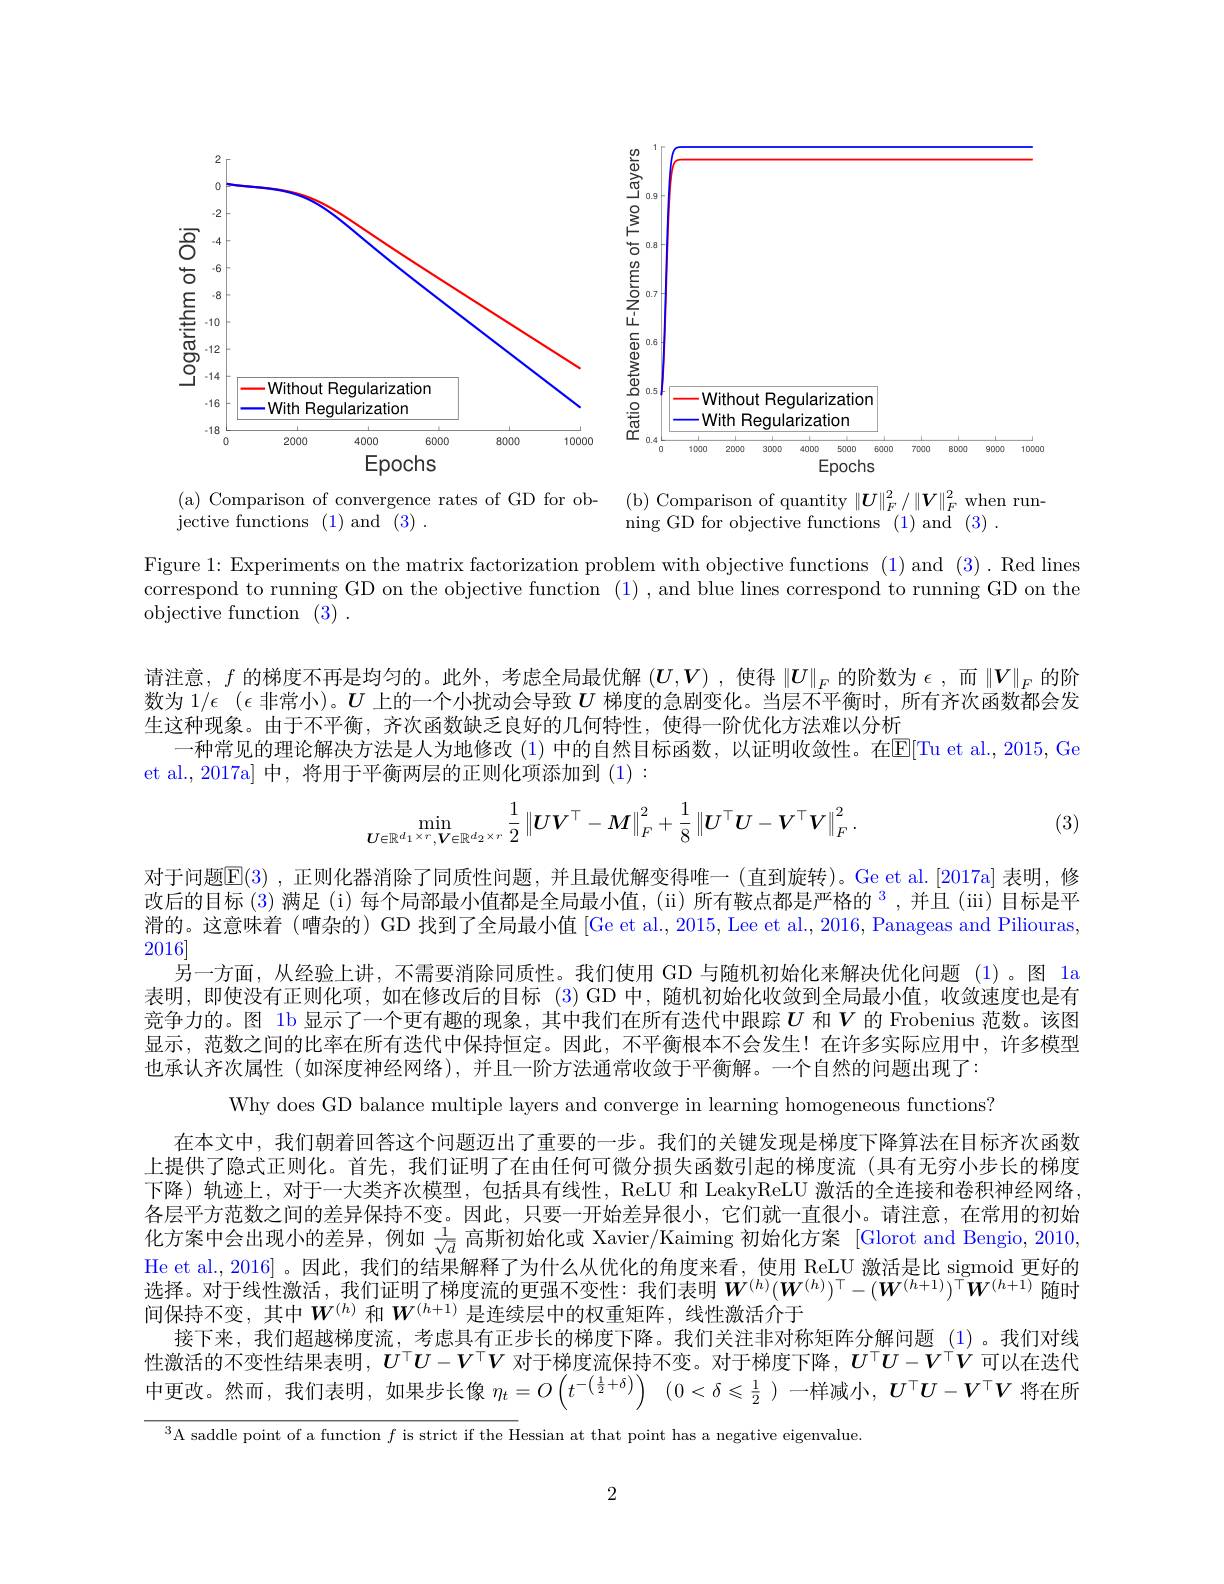
<FigureHere>
(a) Comparison of convergence rates of GD for ob-
(b) Comparison of quantity $\|\boldsymbol U\|_F^2/\|\boldsymbol{V}\|_F^2$ when run-

ning GD for objective functions (1) and (3) .

jective functions (1)and (3).

Figure 1: Experiments on the matrix factorization problem with objective functions (1) and (3). Red lines correspond to running GD on the objective function (1) , and blue lines correspond to running GD on the objective function (3) .

请注意，$f$的梯度不再是均匀的。此外，考虑全局最优解$(\boldsymbol U,\boldsymbol{V})$ ,使得$\|\boldsymbol{U}\|_F$的阶数为$\epsilon$,而$\|\boldsymbol{V}\|_F$的阶数为$1/\epsilon$ ($\epsilon$非常小)。$U$上的一个小扰动会导致$U$梯度的急剧变化。当层不平衡时，所有齐次函数都会发生这种现象。由于不平衡，齐次函数缺乏良好的几何特性，使得一阶优化方法难以分析
一种常见的理论解决方法是人为地修改 (1) 中的自然目标函数，以证明收敛性。在$\mathbb{E}[$Tu et al., 2015, Ge
et al., 2017a] 中，将用于平衡两层的正则化项添加到 (1) :
$$\min_{\boldsymbol{U}\in\mathbb{R}^{d_1\times r},\boldsymbol{V}\in\mathbb{R}^{d_2\times r}}\frac{1}{2}\left\|\boldsymbol{U}\boldsymbol{V}^{\top}-\boldsymbol{M}\right\|_{F}^{2}+\frac{1}{8}\left\|\boldsymbol{U}^{\top}\boldsymbol{U}-\boldsymbol{V}^{\top}\boldsymbol{V}\right\|_{F}^{2}.$$
(3)

对于问题$\mathbb{E}(3)$ ,正则化器消除了同质性问题，并且最优解变得唯一 (直到旋转)。Ge et al.[2017a] 表明，修改后的目标 (3) 满足 (i) 每个局部最小值都是全局最小值，(ii) 所有鞍点都是严格的$^{3}$,并且 (iii) 目标是平滑的。这意味着 (嘈杂的) GD 找到了全局最小值 [Ge et al., 2015, Lee et al., 2016, Panageas and Piliouras, 2016]
另一方面，从经验上讲，不需要消除同质性。我们使用 GD 与随机初始化来解决优化问题 (1)。图 la 表明，即使没有正则化项，如在修改后的目标 (3)GD 中，随机初始化收敛到全局最小值，收敛速度也是有竞争力的。图 1b 显示了一个更有趣的现象，其中我们在所有迭代中跟踪$U$ 和$V$ 的 Frobenius 范数。该图显示，范数之间的比率在所有迭代中保持恒定。因此，不平衡根本不会发生！在许多实际应用中，许多模型也承认齐次属性 (如深度神经网络),并且一阶方法通常收敛于平衡解。一个自然的问题出现了：
Why does GD balance multiple layers and converge in learning homogeneous functions?
在本文中，我们朝着回答这个问题迈出了重要的一步。我们的关键发现是梯度下降算法在目标齐次函数上提供了隐式正则化。首先，我们证明了在由任何可微分损失函数引起的梯度流(具有无穷小步长的梯度下降)轨迹上，对于一大类齐次模型，包括具有线性，ReLU 和 LeakyReLU 激活的全连接和卷积神经网络， 各层平方范数之间的差异保持不变。因此，只要一开始差异很小，它们就一直很小。请注意，在常用的初始化方案中会出现小的差异，例如$\frac1{\sqrt{d}}$高斯初始化或 Xavier/Kaiming 初始化方案 [Glorot and Bengio, 2010, He et al., 2016] 。因此，我们的结果解释了为什么从优化的角度来看，使用 ReLU 激活是比 sigmoid 更好的选择。对于线性激活，我们证明了梯度流的更强不变性：我们表明$\boldsymbol{W}^(h)(\boldsymbol{W}^{(h)})^\top-(\boldsymbol{W}^{(h+1)})^\top\boldsymbol{W}^{(h+1)}$随时间保持不变，其中$W^{(h)}$和$W^{(h+1)}$是连续层中的权重矩阵，线性激活介于
接下来，我们超越梯度流，考虑具有正步长的梯度下降。我们关注非对称矩阵分解问题(1)。我们对线性激活的不变性结果表明，$U^\top U-V^\top V$对于梯度流保持不变。对于梯度下降，$U^\top U-V^\top V$可以在迭代中更改。然而，我们表明，如果步长像$\eta _t= O\left ( t^{- \left ( \frac 12+ \delta \right ) }\right )$ $( 0< \delta \leqslant \frac 12$ )一样减小，$U^\top U-V^\top V$将在所

$^{3}$A saddle point of a function $f$ is strict if the Hessian at that point has a negative eigenvalue.

2